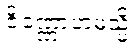
ဇိဏ္ဏောဟမသ္မိ